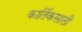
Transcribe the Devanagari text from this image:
कार्तिकसाठी